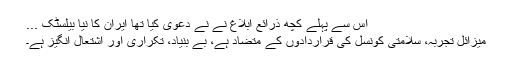
اس سے پہلے کچھ ذرائع ابلاغ نے نے دعوی کیا تھا ایران کا نیا بیلسٹک ...
میزائل تجربہ، سلامتی کونسل کی قراردادوں کے متضاد ہے، بے بنیاد، تکراری اور اشتعال انگیز ہے۔